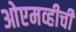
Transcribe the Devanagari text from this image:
ओएमव्हीची